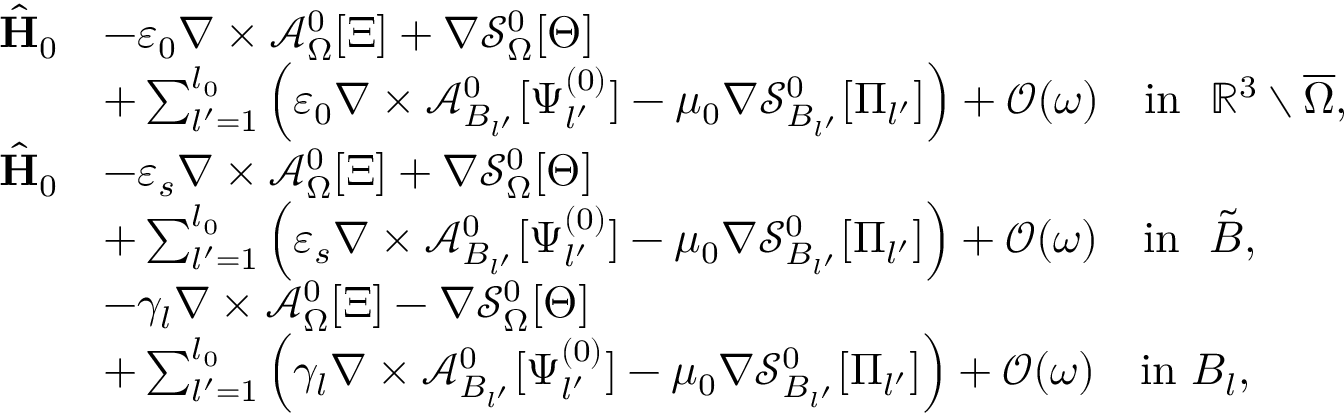
\begin{array} { r l } { \hat { \mathbf { H } } _ { 0 } } & { - \varepsilon _ { 0 } \nabla \times \mathcal { A } _ { \Omega } ^ { 0 } [ \Xi ] + \nabla \mathcal { S } _ { \Omega } ^ { 0 } [ \Theta ] } \\ & { + \sum _ { l ^ { \prime } = 1 } ^ { l _ { 0 } } \Big ( \varepsilon _ { 0 } \nabla \times \mathcal { A } _ { B _ { l ^ { \prime } } } ^ { 0 } [ \Psi _ { l ^ { \prime } } ^ { ( 0 ) } ] - \mu _ { 0 } \nabla \mathcal { S } _ { B _ { l ^ { \prime } } } ^ { 0 } [ \Pi _ { l ^ { \prime } } ] \Big ) + \mathcal { O } ( \omega ) \quad \mathrm { i n } \ \ \mathbb { R } ^ { 3 } \setminus \overline { { \Omega } } , } \\ { \hat { \mathbf { H } } _ { 0 } } & { - \varepsilon _ { s } \nabla \times \mathcal { A } _ { \Omega } ^ { 0 } [ \Xi ] + \nabla \mathcal { S } _ { \Omega } ^ { 0 } [ \Theta ] } \\ & { + \sum _ { l ^ { \prime } = 1 } ^ { l _ { 0 } } \Big ( \varepsilon _ { s } \nabla \times \mathcal { A } _ { B _ { l ^ { \prime } } } ^ { 0 } [ \Psi _ { l ^ { \prime } } ^ { ( 0 ) } ] - \mu _ { 0 } \nabla \mathcal { S } _ { B _ { l ^ { \prime } } } ^ { 0 } [ \Pi _ { l ^ { \prime } } ] \Big ) + \mathcal { O } ( \omega ) \quad \mathrm { i n } \ \ \tilde { B } , } \\ & { - \gamma _ { l } \nabla \times \mathcal { A } _ { \Omega } ^ { 0 } [ \Xi ] - \nabla \mathcal { S } _ { \Omega } ^ { 0 } [ \Theta ] } \\ & { + \sum _ { l ^ { \prime } = 1 } ^ { l _ { 0 } } \Big ( \gamma _ { l } \nabla \times \mathcal { A } _ { B _ { l ^ { \prime } } } ^ { 0 } [ \Psi _ { l ^ { \prime } } ^ { ( 0 ) } ] - \mu _ { 0 } \nabla \mathcal { S } _ { B _ { l ^ { \prime } } } ^ { 0 } [ \Pi _ { l ^ { \prime } } ] \Big ) + \mathcal { O } ( \omega ) \quad \mathrm { i n } \ B _ { l } , } \end{array}